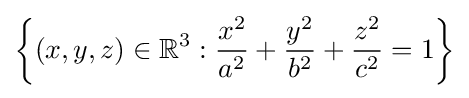
\left\{(x,y,z)\in \mathbb {R} ^{3}:{\frac {x^{2}}{a^{2}}}+{\frac {y^{2}}{b^{2}}}+{\frac {z^{2}}{c^{2}}}=1\right\}